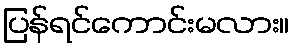
ပြန်ရင်ကောင်းမလား။